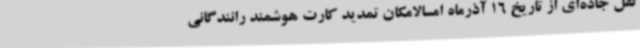
نقل جاده‌ای از تاریخ 16 آذرماه امسالامکان تمدید کارت هوشمند رانندگانی